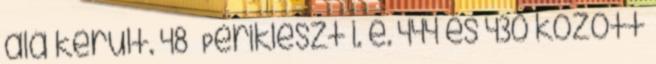
alá került. 48 Periklészt i. e. 444 és 430 között